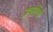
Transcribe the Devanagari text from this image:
प्रवाहिणी